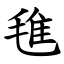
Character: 㲝